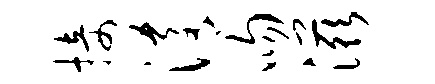
接淆吻滋